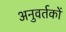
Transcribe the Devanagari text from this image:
अनुवर्तकों